Piroplasma canis and its life cycle in the tick - Number 29
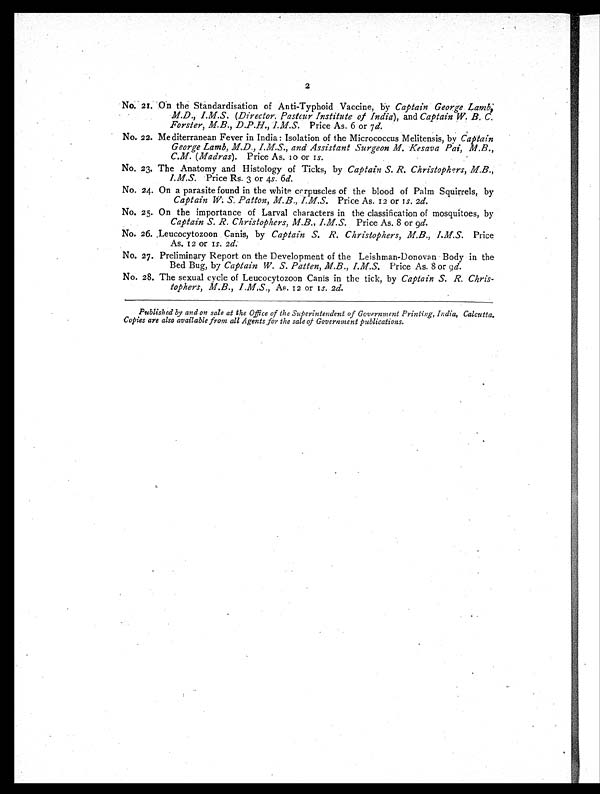
2
No. 21. On the Standardisation of Anti-Typhoid Vaccine, by Captain George Lamb,
M.D., I.M.S. (Director. Pasteur Institute of India),a n d
C a p t a i n W . B . C .
Forster, M.B., D.P.H., I.M.S. Price As. 6 or 7 d.
No. 22. Mediterranean Fever in India: Isolation of the Micrococcus Melitensis, by Captain
George Lamb, M.D., I.M.S., and Assistant Surgeon M. Kesava Pai, M.B.,
C.M. (Madras). Price As. 10 or 1 s.
No. 23. The Anatomy and Histology of Ticks, by Captain S. R. Christophers, M.B.,
I. M.S. Price Rs. 3 or 4s. 6d.
No. 24. On a parasite found in the white corpuscles of the blood of Palm Squirrels, by
Captain W. S. Patton, M.B., I.M.S. Price As. 12 or 1s. 2d.
No. 25. On the importance of Larval characters in the classification of mosquitoes, by
Captain S. R. Christophers, M.B., I.M.S. Price As. 8 or 9d.
No. 26. Leucocytozoon Canis, by Captain S. R. Christophers, M.B., I.M.S. Price
As. 12 or 1s. 2 d.
No. 27. Preliminary Report on the Development of the Leishman-Donovan Body in the
Bed Bug, by Captain W. S. Patten, M.B., I.M.S. Price As. 8 or 9 d.
No. 28. The sexual cycle of Leucocytozoon Canis in the tick, by Captain S. R. Chris-
tophers, M.B., I.M.S., As. 12 or 1s. 2 d.
Published by and on sale at the Office of the Superintendent of Government Printing, India, Calcutta.
Copies are also available from all Agents for the sale of Government publications.